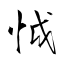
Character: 怴